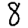
Digit: 8